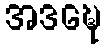
အဒဍ္ဎေ